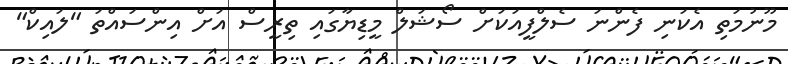
މޫނުމަތި އެކަނި ފެންނަ ސެލްފީއަކަށް ސޯޝަލް މީޑިޔާގައި ތިރީސް އަށް އިންސައްތަ "ލައިކް"